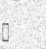
٣